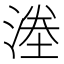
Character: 𭱜